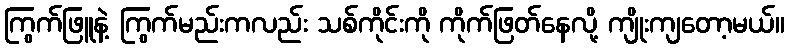
ကြွက်ဖြူနဲ့ ကြွက်မည်းကလည်း သစ်ကိုင်းကို ကိုက်ဖြတ်နေလို့ ကျိုးကျတော့မယ်။